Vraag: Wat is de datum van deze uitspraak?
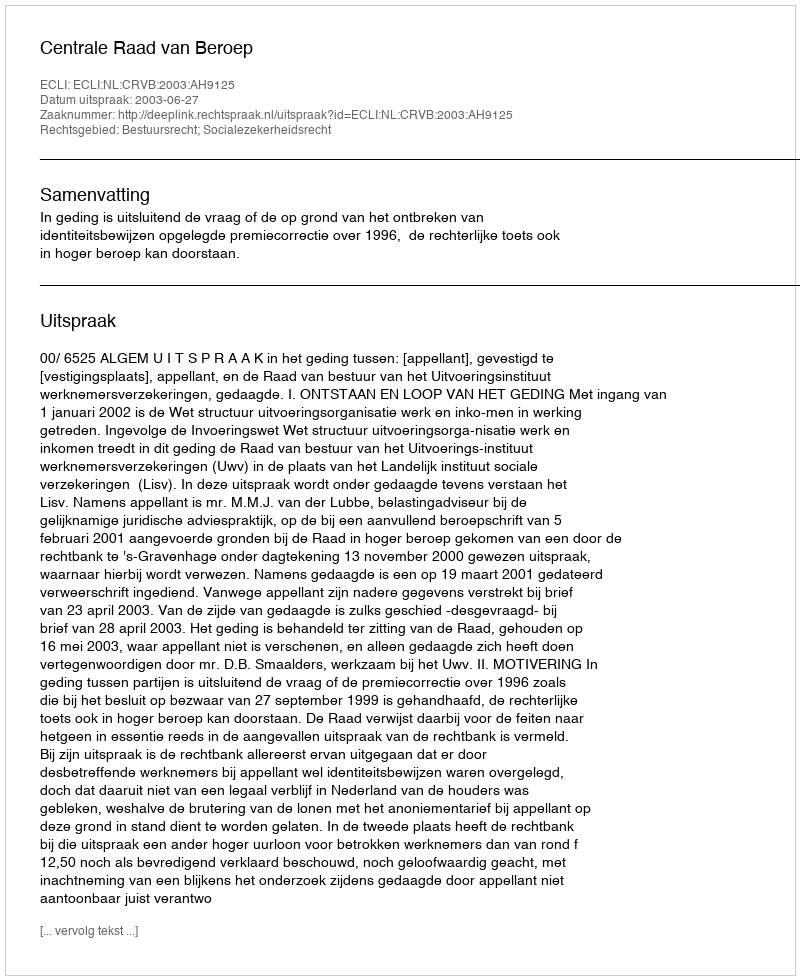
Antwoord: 2003-06-27